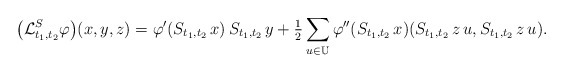
\begin{align*} \big( \mathcal{L}^S_{ t_1, t_2 } \varphi \big)( x, y, z ) = \varphi'( S_{ t_1, t_2 } \, x ) \, S_{ t_1, t_2 } \, y + \tfrac{ 1 }{ 2 } \sum_{ u \in \mathbb{U} } \varphi''( S_{ t_1, t_2 } \, x ) ( S_{ t_1, t_2 } \, z \, u, S_{ t_1, t_2 } \, z \, u ) .\end{align*}